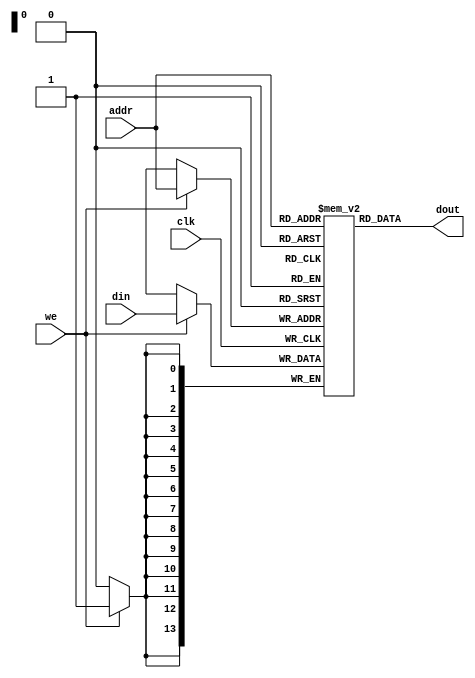
module distram(
	input wire clk,
	input wire [13:0] addr,
	input wire [13:0] din,
	output wire [13:0] dout,
	input wire we
	);
	
	localparam WORDS = 2**14;

	reg [13:0] mem [WORDS-1:0];

	assign dout = mem[addr];

	always @(posedge clk) begin
		if(we) begin
			mem[addr] <= din;
		end
	end

	integer i;
	initial begin
		for(i=0;i<WORDS;i=i+1) begin
			mem[i] = {2'b11,12'b0};
		end
	end
endmodule

module distram2(
	input wire clk,
	input wire [12:0] addr,
	input wire [30:0] din,
	output wire [30:0] dout,
	input wire we
	);
	
	localparam WORDS = 2**13;

	reg [30:0] mem [WORDS-1:0];

	assign dout = mem[addr];

	always @(posedge clk) begin
		if(we) begin
			mem[addr] <= din;
		end
	end

	integer i;
	initial begin
		for(i=0;i<WORDS;i=i+1) begin
			mem[i] = {2'b11,12'b0};
		end
	end
endmodule